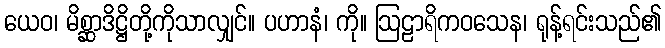
ယေဝ၊ မိစ္ဆာဒိဋ္ဌိတို့ကိုသာလျှင်။ ပဟာနံ၊ ကို။ ဩဠာရိကဝသေန၊ ရုန့်ရင်းသည်၏